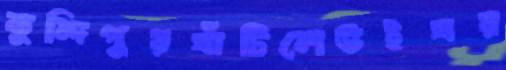
কুন্দিপুরঘাঁটিলেউইঘর